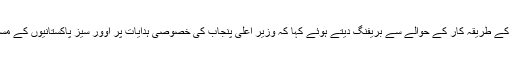
شاہین خالد بٹ اور افضال بھٹی نے وفد کو او پی سی کی کارکردگی ، ویب کمپلینٹ پورٹل اور شکایات کے حل کے طریقہ کار کے حوالے سے بریفنگ دیتے ہوئے کہا کہ وزیر اعلیٰ پنجاب کی خصوصی ہدایات پر اوور سیز پاکستانیوں کے مسائل ترجیحی بنیادوں پر حل کئے جا رہے ہیںاور ابتک موصول شکایات میں سے 60فیصد حل کی جا چکی ہیں۔